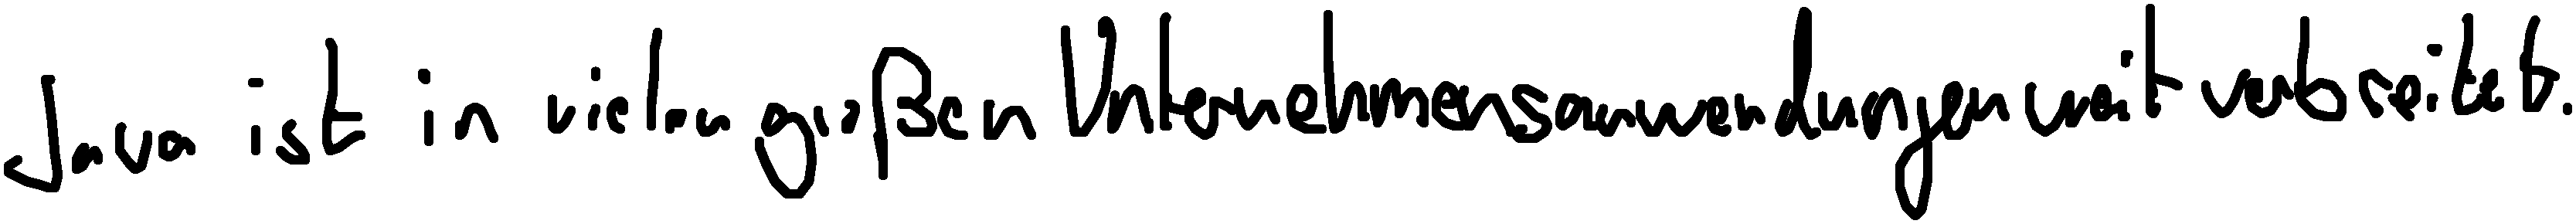
Java ist in vielen großen Unternehmensanwendungen weit verbreitet.